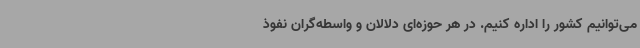
می‌توانیم کشور را اداره کنیم. در هر حوزه‌ای دلالان و واسطه‌گران نفوذ